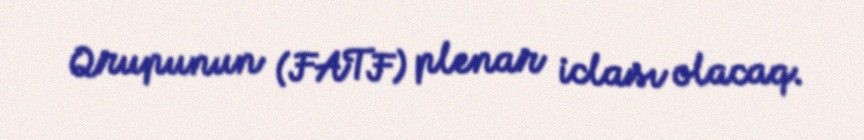
Qrupunun (FATF) plenar iclası olacaq.